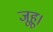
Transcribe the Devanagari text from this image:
जूहू।